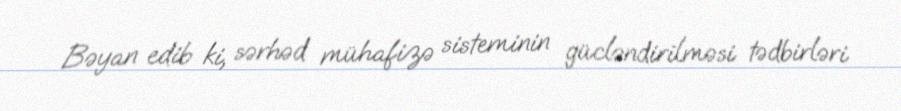
Bəyan edib ki, sərhəd mühafizə sisteminin gücləndirilməsi tədbirləri